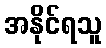
အနိုင်ရသူ